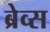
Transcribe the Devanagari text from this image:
ब्रेव्स